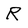
Character: R